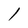
Character: l